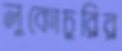
লুকোচুরির